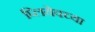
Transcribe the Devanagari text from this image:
प्लियेवच्या